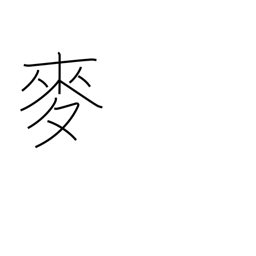
Meaning: wheat